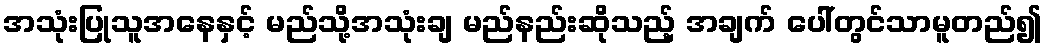
အသုံးပြုသူအနေနှင့် မည်သို့အသုံးချ မည်နည်းဆိုသည့် အချက် ပေါ်တွင်သာမူတည်၍